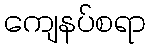
ကျေနပ်စရာ